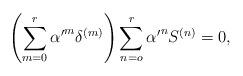
LaTeX: \begin{align*}{ \left( \sum_{m=0}^r {\alpha'}^m \delta^{(m)} \right) \sum_{n=o}^r{\alpha'}^n S^{(n)} = 0 ,}\end{align*}